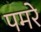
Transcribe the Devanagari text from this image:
पमरे